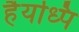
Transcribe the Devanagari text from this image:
हैयध्पि